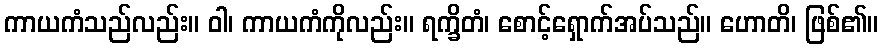
ကာယကံသည်လည်း။ ဝါ၊ ကာယကံကိုလည်း။ ရက္ခိတံ၊ စောင့်ရှောက်အပ်သည်။ ဟောတိ၊ ဖြစ်၏။